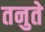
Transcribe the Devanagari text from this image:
तनुते